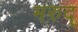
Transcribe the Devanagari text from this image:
मरुद्